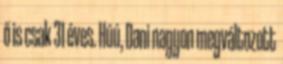
ő is csak 31 éves. Húú, Dani nagyon megváltozott